Elephants and their diseases
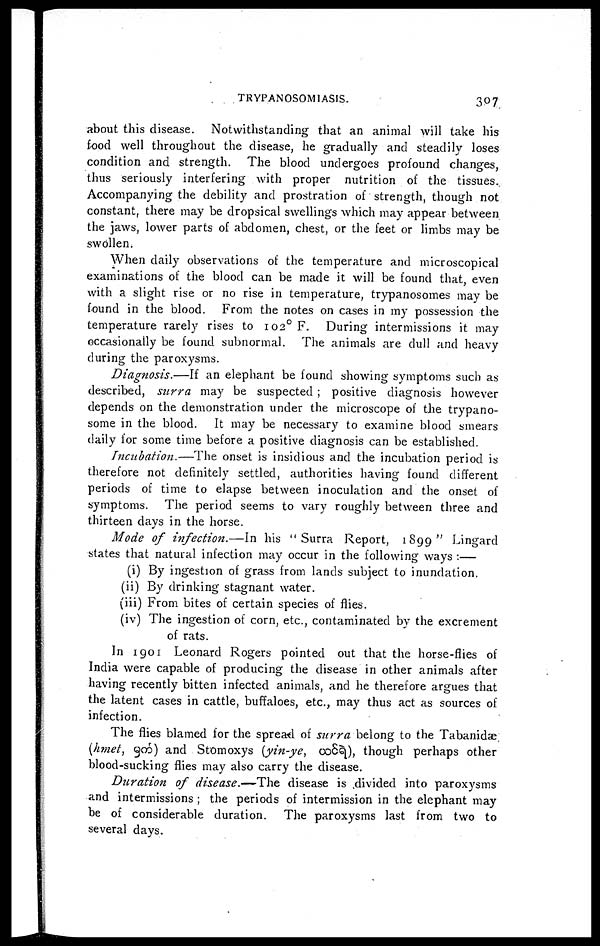
TRYPANOSOMIASIS.
307
about this disease. Notwithstanding that an animal will take his
food well throughout the disease, he gradually and steadily loses
condition and strength. The blood undergoes profound changes,
thus seriously interfering with proper nutrition of the tissues.
Accompanying the debility and prostration of strength, though not
constant there may be dropsical swellings which may appear between
the jaws, lower parts of abdomen, chest, or the feet or limbs may be
swollen.
When daily observations of the temperature and microscopical
examinations of the blood can be made it will be found that, even
with a slight rise or no rise in temperature, trypanosomes may be
found in the blood. From the notes on cases in my possession the
temperature rarely rises to 102 0 F. During intermissions it may
occasionally be found subnormal. The animals are dull and heavy
during the paroxysms.
Diagnosis.—If an elephant be found showing symptoms such as
described, surra may be suspected ; positive diagnosis however
depends on the demonstration under the microscope of the trypano-
some in the blood. It may be necessary to examine blood smears
daily for some time before a positive diagnosis can be established.
Incubation.—The onset is insidious and the incubation period is
therefore not definitely settled, authorities having found different
periods of time to elapse between inoculation and the onset of
symptoms. The period seems to vary roughly between three and
thirteen days in the horse.
Mode of infection.—In his "Surra Report, 1899" Lingard
states that natural infection may occur in the following ways :—
(i) By ingestion of grass from lands subject to inundation.
(ii) By drinking stagnant water.
(iii) From bites of certain species of flies.
(iv) The ingestion of corn, etc., contaminated by the excrement
of rats.
In 1901 Leonard Rogers pointed out that the horse-flies of
India were capable of producing the disease in other animals after
having recently bitten infected animals, and he therefore argues that
the latent cases in cattle, buffaloes, etc., may thus act as sources of
infection.
The flies blamed for the spread of surra belong to the Tabanidæ
(hmet,
) and Stomoxys
(yin-ye,
), though perhaps other
blood-sucking flies may also carry the disease.
Duration of disease.—The disease is divided into paroxysms
and intermissions ; the periods of intermission in the elephant may
be of considerable duration. The paroxysms last from two to
several days.